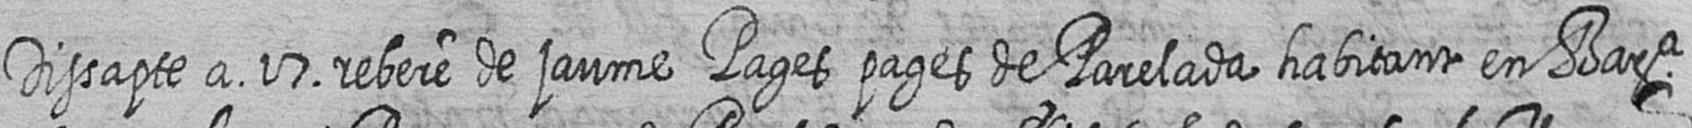
Dissapte a 17 rebere de jaume Pages pages de Parelada habitant en Bara